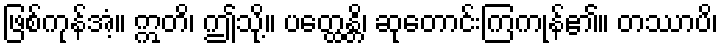
ဖြစ်ကုန်အံ့။ ဣတိ၊ ဤသို့။ ပတ္ထေန္တိ၊ ဆုတောင်းကြကုန်၏။ တဿာပိ၊